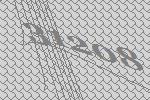
31208